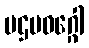
ပဌမဝဂ္ဂေါ